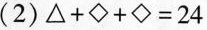
(2)$$△ + ◇ + ◇ = 2 4$$